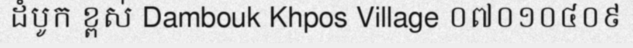
ដំបូក ខ្ពស់ Dambouk Khpos Village ០៧០១០៤០៩